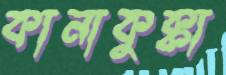
কানাকুক্কা